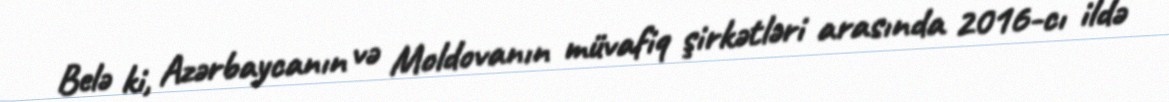
Belə ki, Azərbaycanın və Moldovanın müvafiq şirkətləri arasında 2016-cı ildə